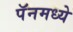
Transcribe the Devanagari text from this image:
पॅनमध्ये